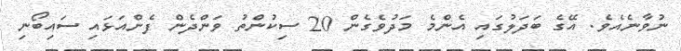
ނުވާނެއެވެ. އޭގެ ބަދަލުގައި އެންމެ މަދުވެގެން 20 ސިކުންތު ވަންދެން ފެންއަޅައި ސައިބޯނި